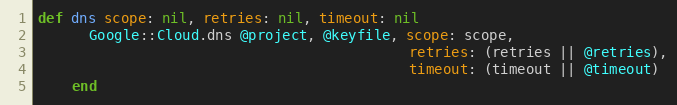
Language: Ruby
def dns scope: nil, retries: nil, timeout: nil
      Google::Cloud.dns @project, @keyfile, scope: scope,
                                            retries: (retries || @retries),
                                            timeout: (timeout || @timeout)
    end